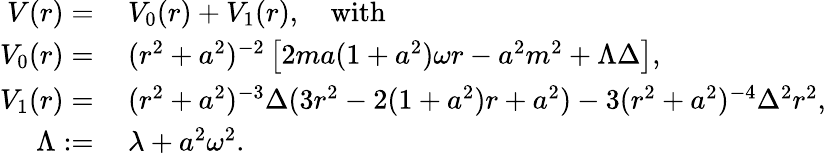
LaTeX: \begin{array}{rl}{V(r)=}&{\: V_{0}(r)+V_{1}(r),\quad\textnormal{with}}\\ {V_{0}(r)=}&{\: (r^{2}+a^{2})^{-2}\left[2ma(1+a^{2})\omega r-a^{2}m^{2}+\Lambda\Delta\right],}\\ {V_{1}(r)=}&{\: (r^{2}+a^{2})^{-3}\Delta(3r^{2}-2(1+a^{2})r+a^{2})-3(r^{2}+a^{2})^{-4}\Delta^{2}r^{2},}\\ {\Lambda:=}&{\: \lambda+a^{2}\omega^{2}.}\end{array}